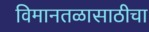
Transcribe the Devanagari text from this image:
विमानतळासाठीचा